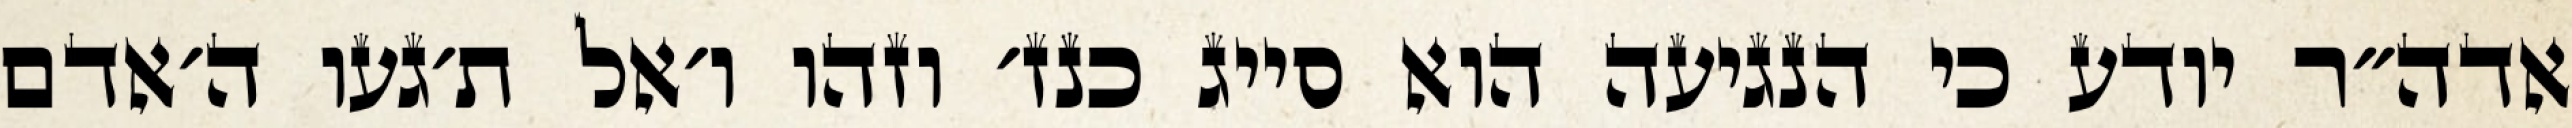
אדה״ר יודע כי הנגיעה הוא סייג כנז׳ וזהו ו׳אל ת׳געו ה׳אדם